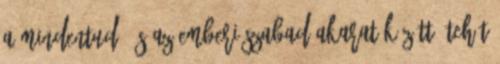
a Mindentudó és az emberi szabad akarat között, tehát